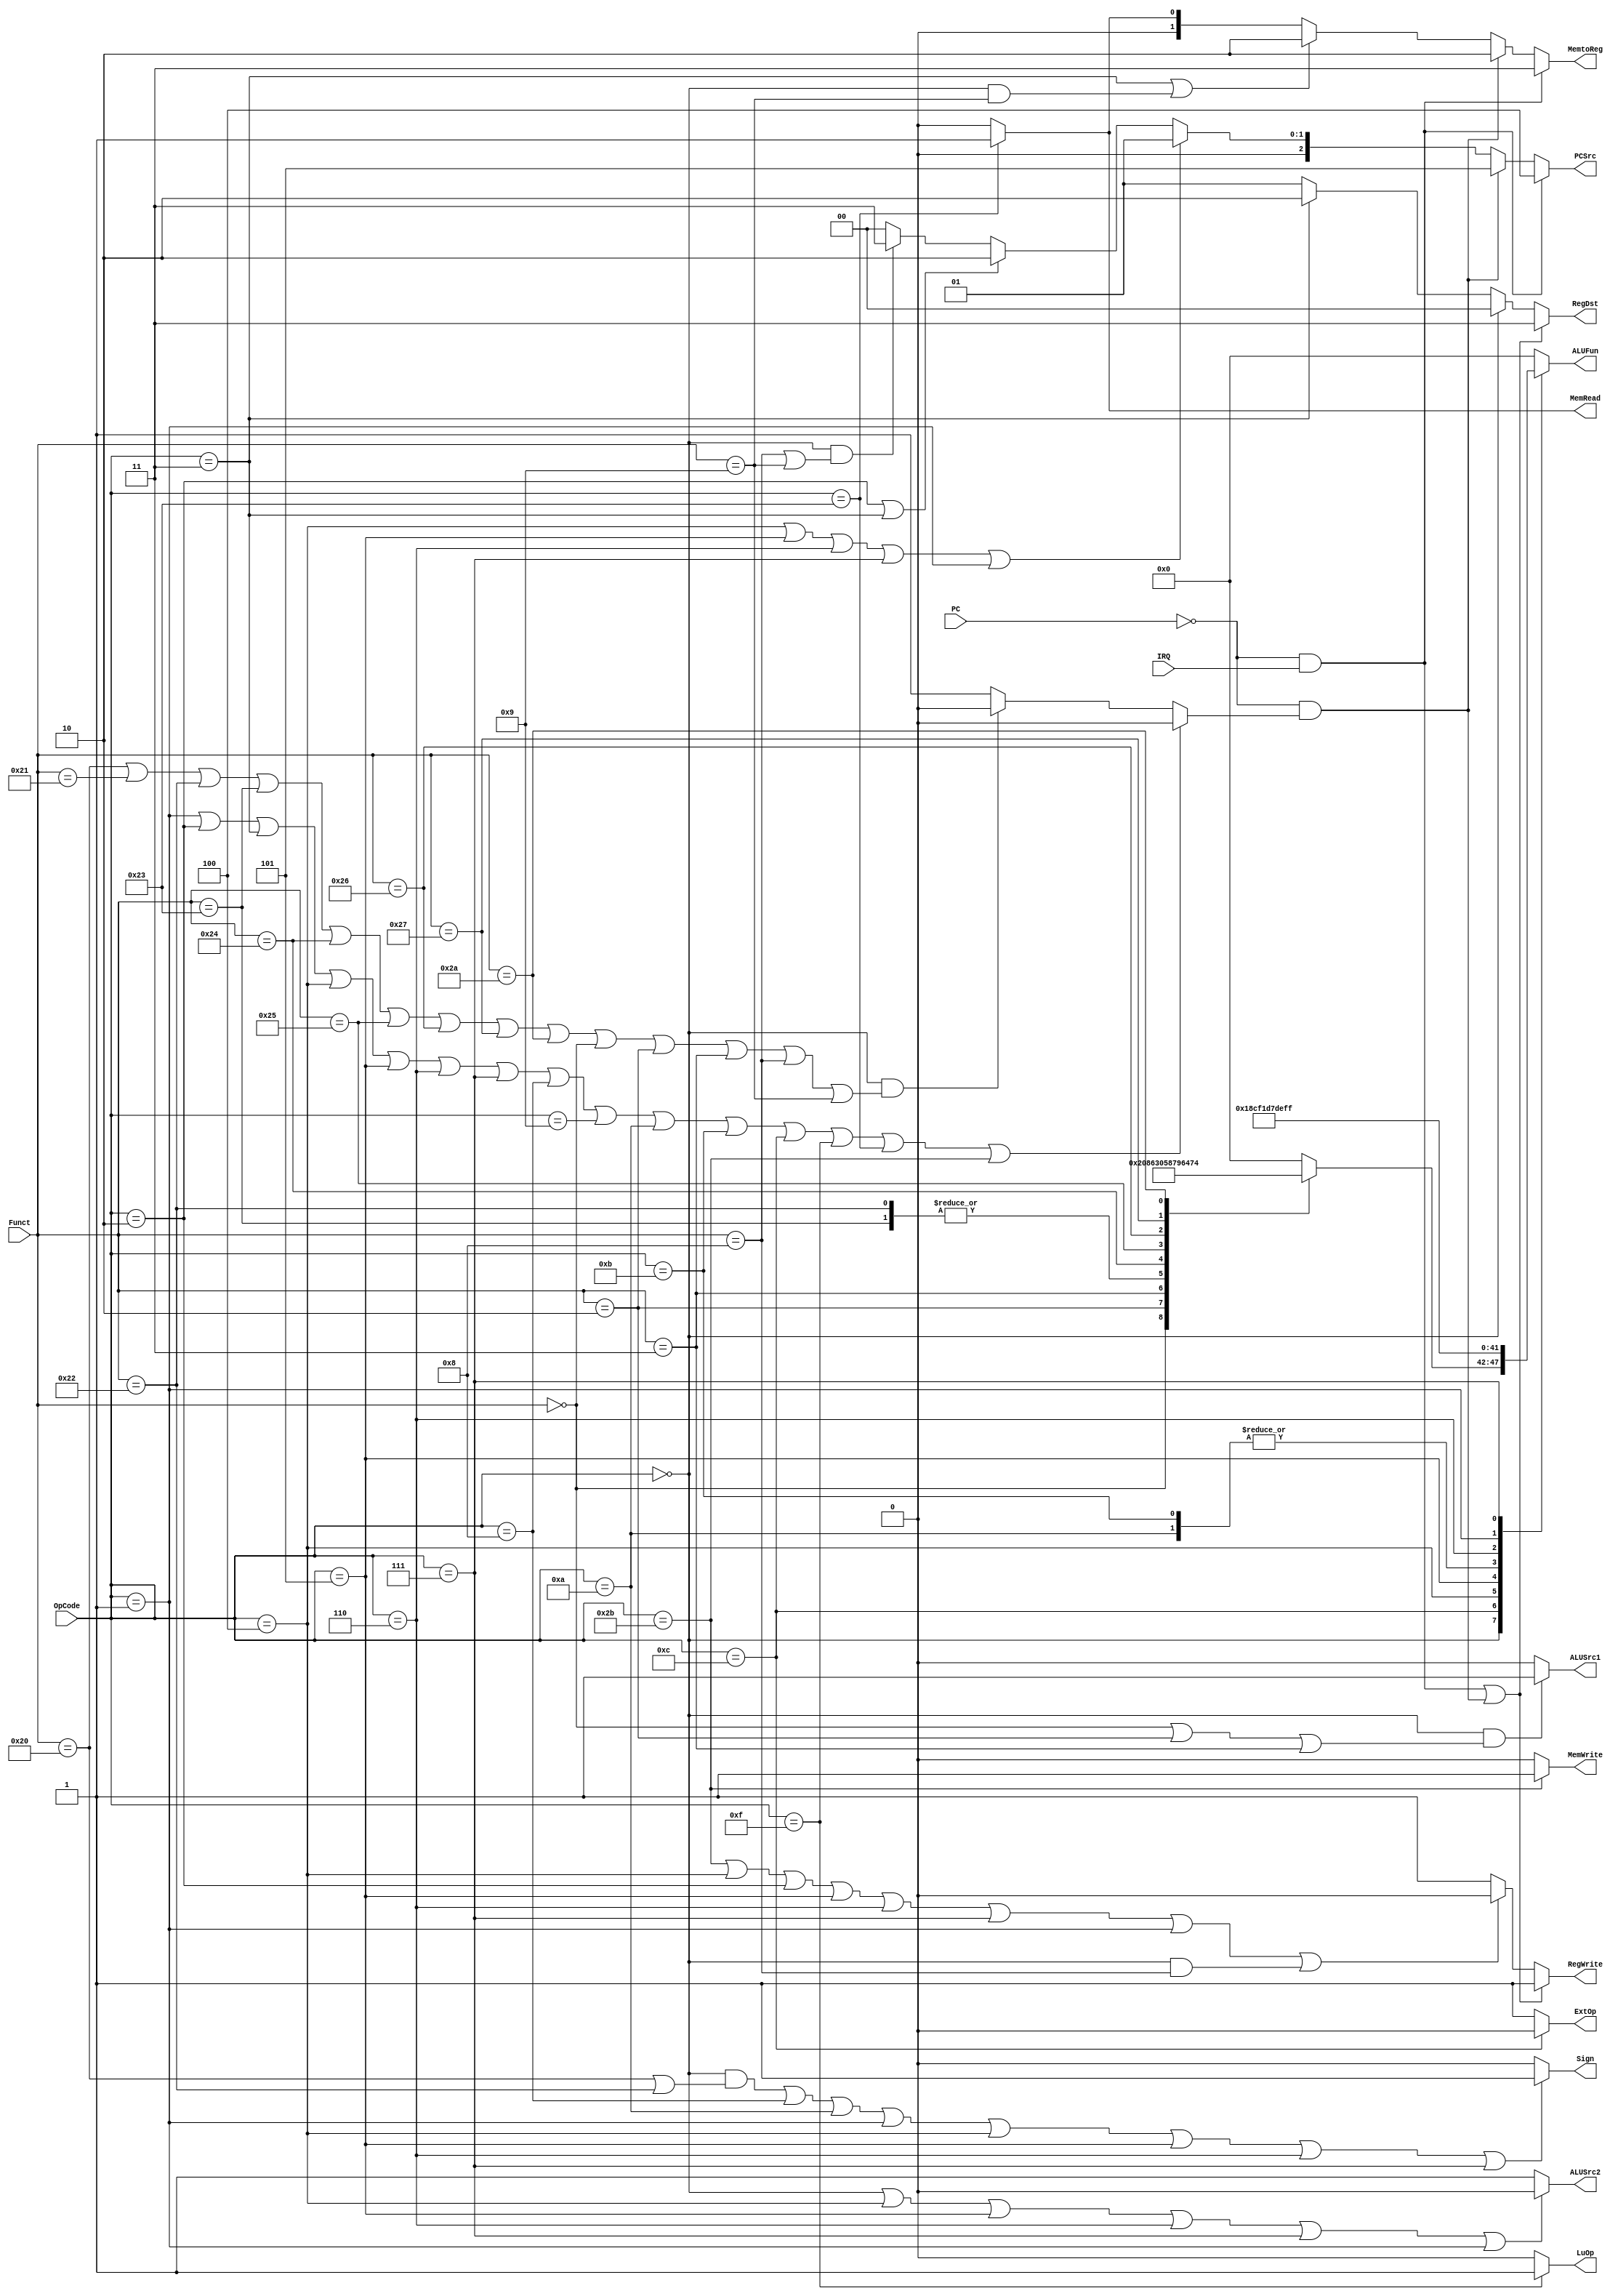
module Control(PC,OpCode, Funct, IRQ ,
	PCSrc, Sign, RegWrite, RegDst, 
	MemRead, MemWrite, MemtoReg, 
	ALUSrc1, ALUSrc2, ExtOp, LuOp, ALUFun);

	input [5:0] OpCode;
	input [5:0] Funct;
    input IRQ;
    input PC;//PC[31]

	output [2:0] PCSrc;
	output Sign;
	output RegWrite;
	output [1:0] RegDst;
	output MemRead;
	output MemWrite;
	output [1:0] MemtoReg;
	output ALUSrc1;
	output ALUSrc2;
	output ExtOp;
	output LuOp;
	output reg [5:0] ALUFun;

    parameter ALUADD = 6'b00_0000;
    parameter ALUSUB = 6'b00_0001;
    parameter ALUAND = 6'b01_1000;
    parameter ALUOR  = 6'b01_1110;
    parameter ALUXOR = 6'b01_0110;
    parameter ALUNOR = 6'b01_0001;
    parameter ALUSLL = 6'b10_0000;
    parameter ALUSRL = 6'b10_0001;
    parameter ALUSRA = 6'b10_0011;
    parameter ALUEQ =  6'b11_0011;
    parameter ALUNEQ = 6'b11_0001;
    parameter ALULT =  6'b11_0101;
    parameter ALULEZ = 6'b11_1101;
    parameter ALULTZ = 6'b11_1011;
    parameter ALUGTZ = 6'b11_1111; 
    //add a function
    //i dont know how to use it
    //but it's requested
    parameter ALUA = 6'b01_1010; 


    wire UnDefine;
    assign UnDefine =
    (    OpCode == 6'h01    ||
         OpCode == 6'h02    ||
         OpCode == 6'h03    ||
         OpCode == 6'h04    ||
         OpCode == 6'h05    ||
         OpCode == 6'h06    ||
         OpCode == 6'h07    ||
         OpCode == 6'h08    ||
         OpCode == 6'h09    ||
         OpCode == 6'h0a    ||
         OpCode == 6'h0b    ||
         OpCode == 6'h0c    ||
         OpCode == 6'h0f    ||
         OpCode == 6'h23    ||
         OpCode == 6'h2b) ? 1'b0 : 
    (   OpCode == 6'h00 &&
       (Funct == 6'h20 ||
        Funct == 6'h21 ||
        Funct == 6'h22 ||
        Funct == 6'h23 ||
        Funct == 6'h24 ||
        Funct == 6'h25 ||
        Funct == 6'h26 ||
        Funct == 6'h27 ||
        Funct == 6'h2a ||
        Funct == 6'h00 ||
        Funct == 6'h02 ||
        Funct == 6'h03 ||
        Funct == 6'h08 ||
        Funct == 6'h09) 
    )? 1'b0 : 1'b1; 


	assign XADR = ~PC & UnDefine;
    assign ILLOP = ~PC & IRQ;

	assign PCSrc[2:0] =
         ILLOP? 3'b100 :
         XADR? 3'b101 :
	(    OpCode == 6'h04 || 
         OpCode == 6'h05 || 
         OpCode == 6'h06 || 
         OpCode == 6'h07 || 
         OpCode == 6'h01) ? 3'b001:
	(    OpCode == 6'h02 || 
         OpCode == 6'h03) ? 3'b010:
	(    OpCode == 6'h00 && 
        ( Funct == 6'h08 || Funct == 6'h09)) ? 3'b011 : 3'b000;
	assign Sign = 
    //exist question
	(   (OpCode == 6'h00 && 
        (Funct == 6'h20 || Funct == 6'h22)) || 
        OpCode == 6'h08 || 
        OpCode == 6'h0a || 
        OpCode == 6'h01 || 
        OpCode == 6'h04 || 
        OpCode == 6'h05 ||
        OpCode == 6'h06 || 
        OpCode == 6'h07) ? 1:
		 0;
	assign RegWrite = 
        (ILLOP || XADR)? 1 :   //We should keep the PC + 4 in this situation
	(   OpCode == 6'h2b || 
        OpCode == 6'h04 ||
        OpCode == 6'h02 || 
        OpCode == 6'h05 || 
        OpCode == 6'h06 || 
        OpCode == 6'h07 ||  
        OpCode == 6'h01 ||
        (OpCode == 6'h00 && Funct == 6'h08)) ? 0:
		1;
	assign RegDst[1:0] = 
        (ILLOP || XADR)? 2'b11:
		(OpCode == 6'h00)? 2'b00:
		(OpCode == 6'h03)? 2'b10:
		2'b01;
	assign MemRead = 
		(OpCode == 6'h23)? 1:
		0;
	assign MemWrite = 
		(OpCode == 6'h2b)?1:
		0;
	assign MemtoReg[1:0]=
        ILLOP ? 2'b11 :            //choose PC
        XADR ? 2'b10:                  //choose PC + 4
	(    OpCode == 6'h03 || 
        (OpCode == 6'h00 && Funct == 6'h09))? 2'b10:
    	(OpCode == 6'h23)? 2'b01:
        2'b00;
	assign ALUSrc1 = 
	(   OpCode == 6'h00 && 
        (Funct == 6'h00 || 
        Funct == 6'h02  || 
        Funct == 6'h03))? 1:
		0;
	assign ALUSrc2 =
	(   OpCode == 6'h00 || 
        OpCode == 6'h04 || 
        OpCode == 6'h05 || 
        OpCode == 6'h06 ||
        OpCode == 6'h07 || 
        OpCode == 6'h01 )? 0:
		1;
	assign ExtOp = 
    //exist question
		(OpCode == 6'h0c)? 0:
		1;
	assign LuOp = 
    //exist question
		(OpCode == 6'h0f)? 1:
		0;
	
    reg [5:0]ALUOp;
	always @(*)
        case (Funct)
            6'h00: ALUOp <= ALUSLL;
            6'h02: ALUOp <= ALUSRL;
            6'h03: ALUOp <= ALUSRA;
            6'h20: ALUOp <= ALUADD;
            6'h21: ALUOp <= ALUADD;
            6'h22: ALUOp <= ALUSUB;
            6'h23: ALUOp <= ALUSUB;
            6'h24: ALUOp <= ALUAND;
            6'h25: ALUOp <= ALUOR;
            6'h26: ALUOp <= ALUXOR;
            6'h27: ALUOp <= ALUNOR;
            6'h2a: ALUOp <= ALULT;
            default: ALUOp <= ALUADD;
        endcase
    always @(*)
        case (OpCode)
          6'h00: ALUFun <= ALUOp;
          6'h0c: ALUFun <= ALUAND;
          6'h04: ALUFun <= ALUEQ;
          6'h05: ALUFun <= ALUNEQ;
          6'h0a: ALUFun <= ALULT;
          6'h0b: ALUFun <= ALULT;
          6'h06: ALUFun <= ALULEZ;
          6'h01: ALUFun <= ALULTZ;
          6'h07: ALUFun <= ALUGTZ;
          default: ALUFun <= ALUADD;
        endcase    	
	
endmodule